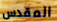
المقدس